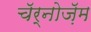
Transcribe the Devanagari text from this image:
चॅर्नोज़ॅम